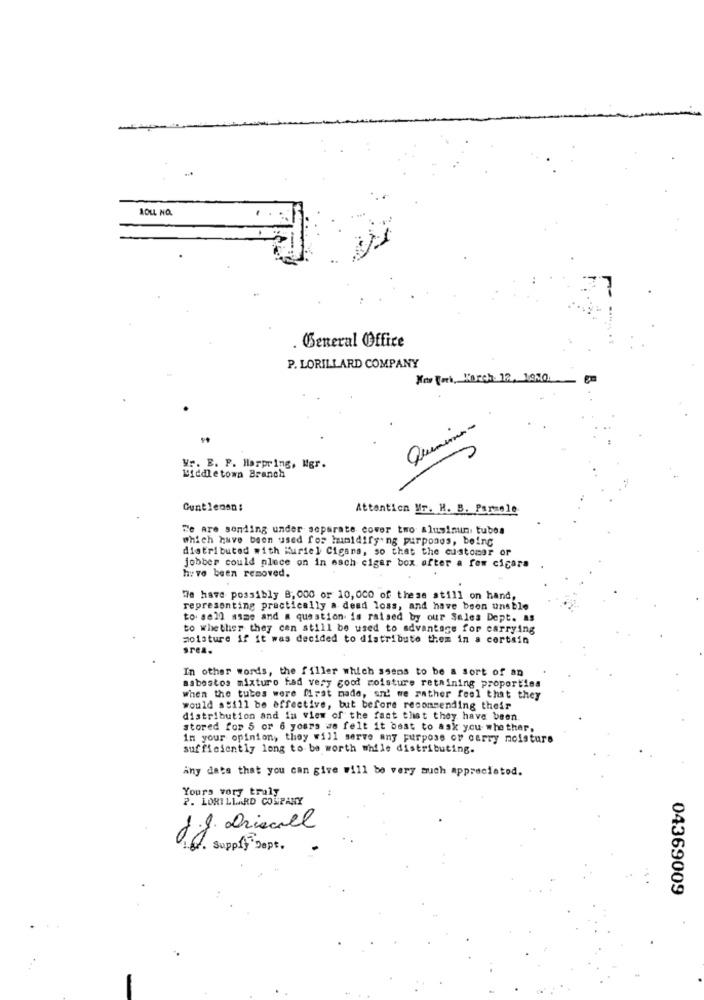
1OU NO.
. General Office
P. LORILLARD COMPANY
New York, March 12, 1950.
Quemina-
Wr. E. P. Harpring, Mgr.
Middletown Branch
-
Guntlensn:
Attention Nr. H. B. Parzele
De are sending under separate cower two aluminum tubos
which have been used for humidifying purposes, being
distributed with Muriel Cigars, so that the customer or
jobber could place on in esch cigar box after a few cigara
have been removed.
We have possibly 8, 000 or 10,000 of these still on hand,
representing practically a dead loss, and have been unable
to sell asme and a question is raised by our Sales Dept. as
to whether they can still be used to advantage for carrying
moisture if it was decided to distribute them in a certain
srea.
In other words, the filler which ssens to be a sort of an
asbestos mixture had very good moisture retaining proporties
when the tutes were firat made, and we rather feel that they
would still be effective, but before recommending their
distribution and In view of the fact that they have been
stored for 5 or 6 yours we felt it best to ask you whether,
in your opinion, they will serve any purpose or carry moisture
sufficiently long to be worth while distributing.
Any data that you can give will be very much appreciated.
..
Yours vory truly
P. LORILLARD COMPANY
J.J. Driscoll
1. supply Dept.
04369009